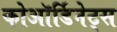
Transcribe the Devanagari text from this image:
कोऑर्डिनेट्स